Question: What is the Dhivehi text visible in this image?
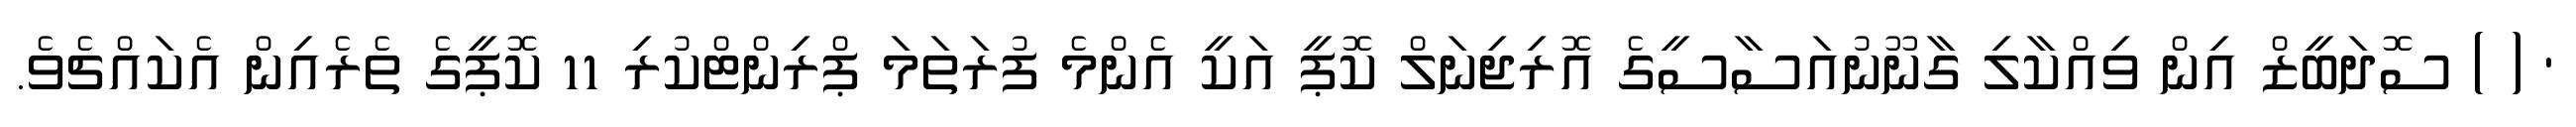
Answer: ' ( ) ސޮދަބީޒް އިން ވިއްކާލި ގާނޫނުއަސާސީގެ އޮރިޖިނަލް ކޮޕީ އަކީ އެންމެ ފުރަތަމަ ޕްރިންޓްކުރި 11 ކޮޕީގެ ތެރެއިން އެކައްޗެވެ.